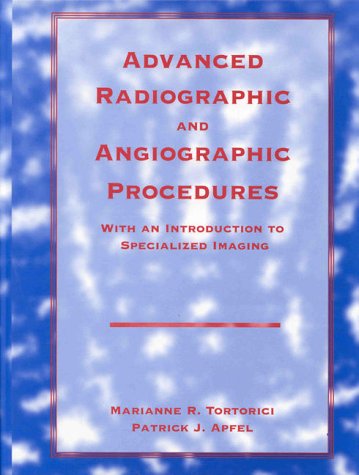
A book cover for Advanced Radiographic and Angiographic Procedures: With an Introduction to Specialized Imaging; Marianne R. Tortorici EdD  ARRT(R); Medical Books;